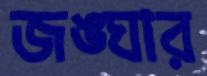
জঙ্ঘার